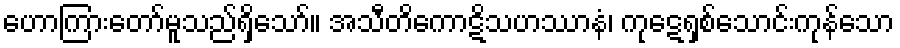
ဟောကြားတော်မူသည်ရှိသော်။ အသီတိကောဋိသဟဿာနံ၊ ကုဋေရှစ်သောင်းကုန်သော